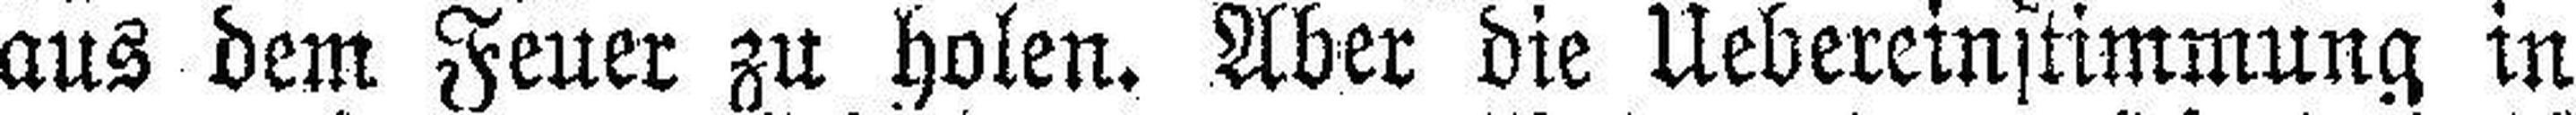
aus dem Feuer zu holen. Aber die Uebereinstimmung in